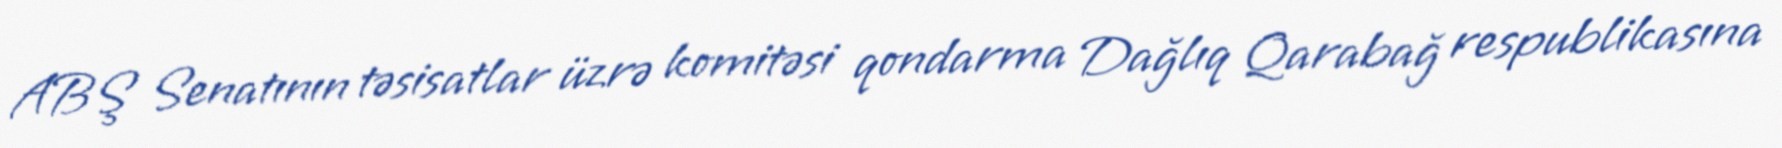
ABŞ Senatının təsisatlar üzrə komitəsi qondarma Dağlıq Qarabağ respublikasına